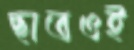
ছাতওই